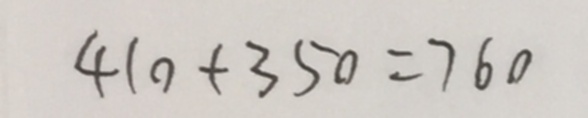
4 1 0 + 3 5 0 = 7 6 0